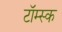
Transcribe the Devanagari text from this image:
टॉम्स्क